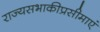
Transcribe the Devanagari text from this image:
राज्यसभाकीप्रसीमाएं